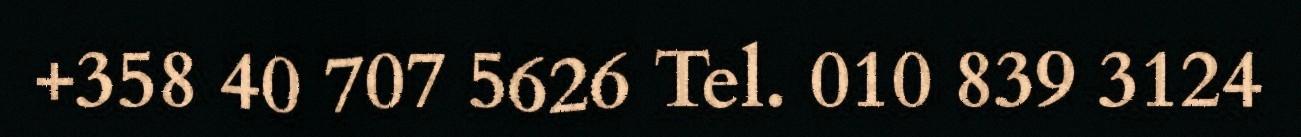
+358 40 707 5626 Tel. 010 839 3124